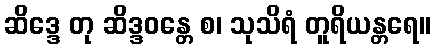
ဆိဒ္ဒေ တု ဆိဒ္ဒဝန္တေ စ၊ သုသိရံ တူရိယန္တရေ။